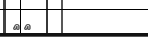
٦٢